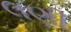
લણી